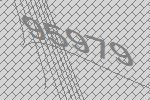
95979